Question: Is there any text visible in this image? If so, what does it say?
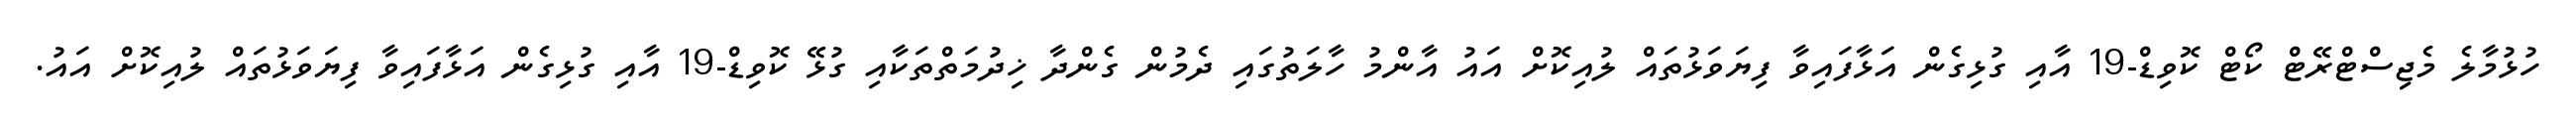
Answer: ހުޅުމާލެ މެޖިސްޓްރޭޓް ކޯޓް ކޮވިޑް-19 އާއި ގުޅިގެން އަޅާފައިވާ ފިޔަވަޅުތައް ލުއިކޮށް އައު އާންމު ހާލަތުގައި ދެމުން ގެންދާ ޚިދުމަތްތަކާއި ގުޅޭ ކޮވިޑް-19 އާއި ގުޅިގެން އަޅާފައިވާ ފިޔަވަޅުތައް ލުއިކޮށް އައު.